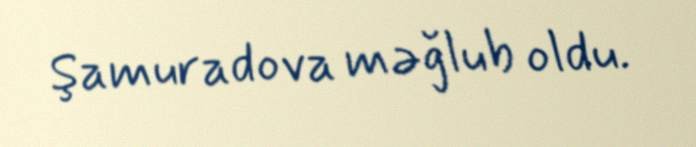
Şamuradova məğlub oldu.